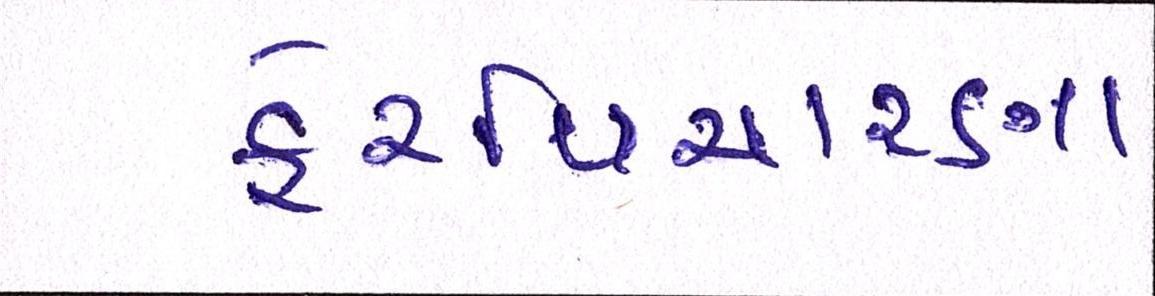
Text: ફેરવિચારણા